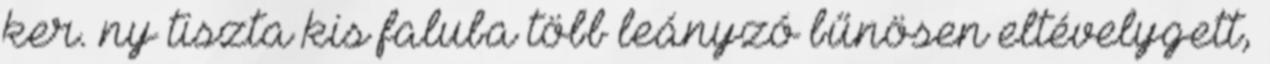
ker. ny tiszta kis faluba több leányzó bűnösen eltévelygett,